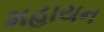
મહાયન